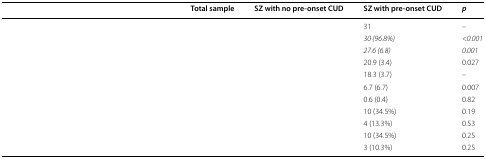
<table><thead><tr><td>[EMPTY_CELL]</td><td><b>Total sample</b></td><td><b>SZ with no pre-onset CUD</b></td><td><b>SZ with pre-onset CUD</b></td><td><b><i>p</i></b></td></tr></thead><tbody><tr><td>[EMPTY_CELL]</td><td>[EMPTY_CELL]</td><td>[EMPTY_CELL]</td><td>31</td><td>–</td></tr><tr><td>[EMPTY_CELL]</td><td>[EMPTY_CELL]</td><td>[EMPTY_CELL]</td><td><i>30 (96.8%)</i></td><td><i>&lt;0.001</i></td></tr><tr><td>[EMPTY_CELL]</td><td>[EMPTY_CELL]</td><td>[EMPTY_CELL]</td><td><i>27.6 (6.8)</i></td><td><i>0.001</i></td></tr><tr><td>[EMPTY_CELL]</td><td>[EMPTY_CELL]</td><td>[EMPTY_CELL]</td><td>20.9 (3.4)</td><td>0.027</td></tr><tr><td>[EMPTY_CELL]</td><td>[EMPTY_CELL]</td><td>[EMPTY_CELL]</td><td>18.3 (3.7)</td><td>–</td></tr><tr><td>[EMPTY_CELL]</td><td>[EMPTY_CELL]</td><td>[EMPTY_CELL]</td><td>6.7 (6.7)</td><td>0.007</td></tr><tr><td>[EMPTY_CELL]</td><td>[EMPTY_CELL]</td><td>[EMPTY_CELL]</td><td>0.6 (0.4)</td><td>0.82</td></tr><tr><td>[EMPTY_CELL]</td><td>[EMPTY_CELL]</td><td>[EMPTY_CELL]</td><td>10 (34.5%)</td><td>0.19</td></tr><tr><td>[EMPTY_CELL]</td><td>[EMPTY_CELL]</td><td>[EMPTY_CELL]</td><td>4 (13.3%)</td><td>0.53</td></tr><tr><td>[EMPTY_CELL]</td><td>[EMPTY_CELL]</td><td>[EMPTY_CELL]</td><td>10 (34.5%)</td><td>0.25</td></tr><tr><td>[EMPTY_CELL]</td><td>[EMPTY_CELL]</td><td>[EMPTY_CELL]</td><td>3 (10.3%)</td><td>0.25</td></tr></tbody></table>